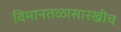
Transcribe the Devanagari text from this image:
विमानतळासारखीच